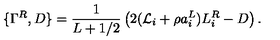
\{ \Gamma ^ { R } , D \} = \frac { 1 } { L + 1 / 2 } \left( 2 ( { \cal L } _ { i } + \rho a _ { i } ^ { L } ) L _ { i } ^ { R } - D \right) .